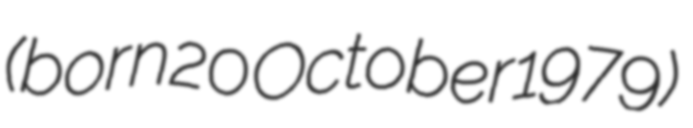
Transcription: (born 20 October 1979)